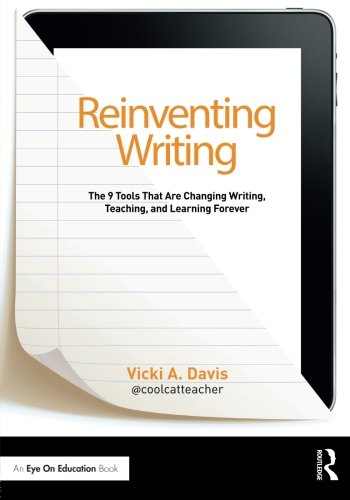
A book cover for Reinventing Writing: The 9 Tools That Are Changing Writing, Teaching, and Learning Forever (Eye on Education Books); Vicki Davis; Computers & Technology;